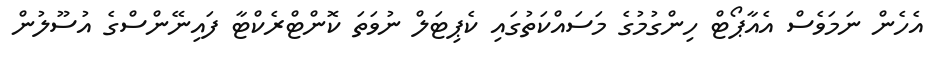
އެހެން ނަމަވެސް އެއާޕޯޓް ހިންގުމުގެ މަސައްކަތުގައި ކެޕިޓަލް ނުވަތަ ކޮންޓްރެކްޓާ ފައިނޭންސްގެ އުސޫލުން